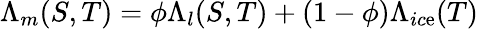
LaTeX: \Lambda_{m}(S,T)=\phi\Lambda_{l}(S,T)+(1-\phi)\Lambda_{ic\mathrm{e}}(T)